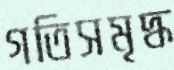
গতিসমৃদ্ধ